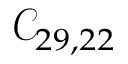
\mathcal { C } _ { 2 9 , 2 2 }